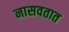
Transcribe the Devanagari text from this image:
नासवतात